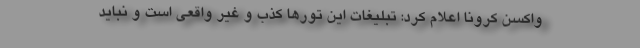
واکسن کرونا اعلام کرد: تبلیغات این تورها کذب و غیر واقعی است و نباید